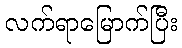
လက်ရာမြောက်ပြီး